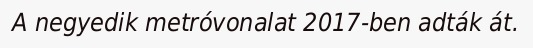
A negyedik metróvonalat 2017-ben adták át.